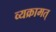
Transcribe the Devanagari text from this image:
व्यक्रामत्